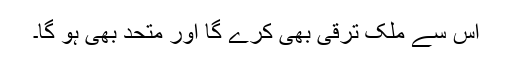
اس سے ملک ترقی بھی کرے گا اور متحد بھی ہو گا۔